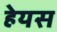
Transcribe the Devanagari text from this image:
हेयस